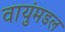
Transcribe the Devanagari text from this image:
वायुंमडल